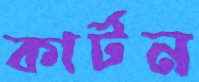
কার্টন